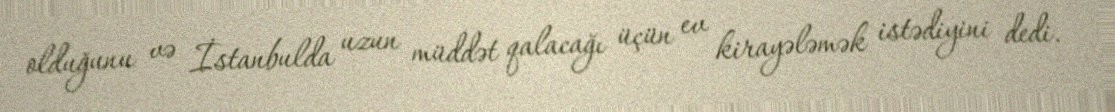
olduğunu və İstanbulda uzun müddət qalacağı üçün ev kirayələmək istədiyini dedi.